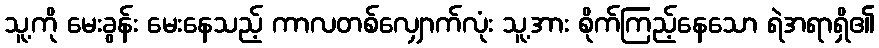
သူ့ကို မေးခွန်း မေးနေသည့် ကာလတစ်လျှောက်လုံး သူ့အား စိုက်ကြည့်နေသော ရဲအရာရှိ၏